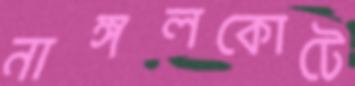
নাঙ্গলকোটে